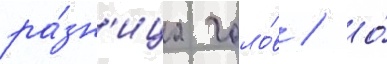
ра́зн'ица голо́в / о́